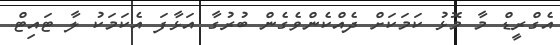
އެގްރީޑް މާ މޮޅު ކަމަކަށް ދެއްކެންވެގެން ބުރުގާ އަޅާފަ އެކަމަކު ލާ ޓަައިޓްް